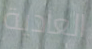
العادية